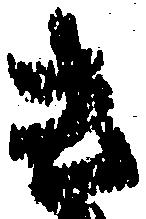
き